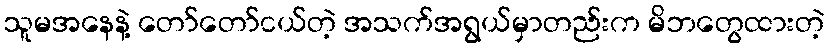
သူမအနေနဲ့ တော်တော်ငယ်တဲ့ အသက်အရွယ်မှာတည်းက မိဘတွေထားတဲ့